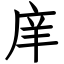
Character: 庠